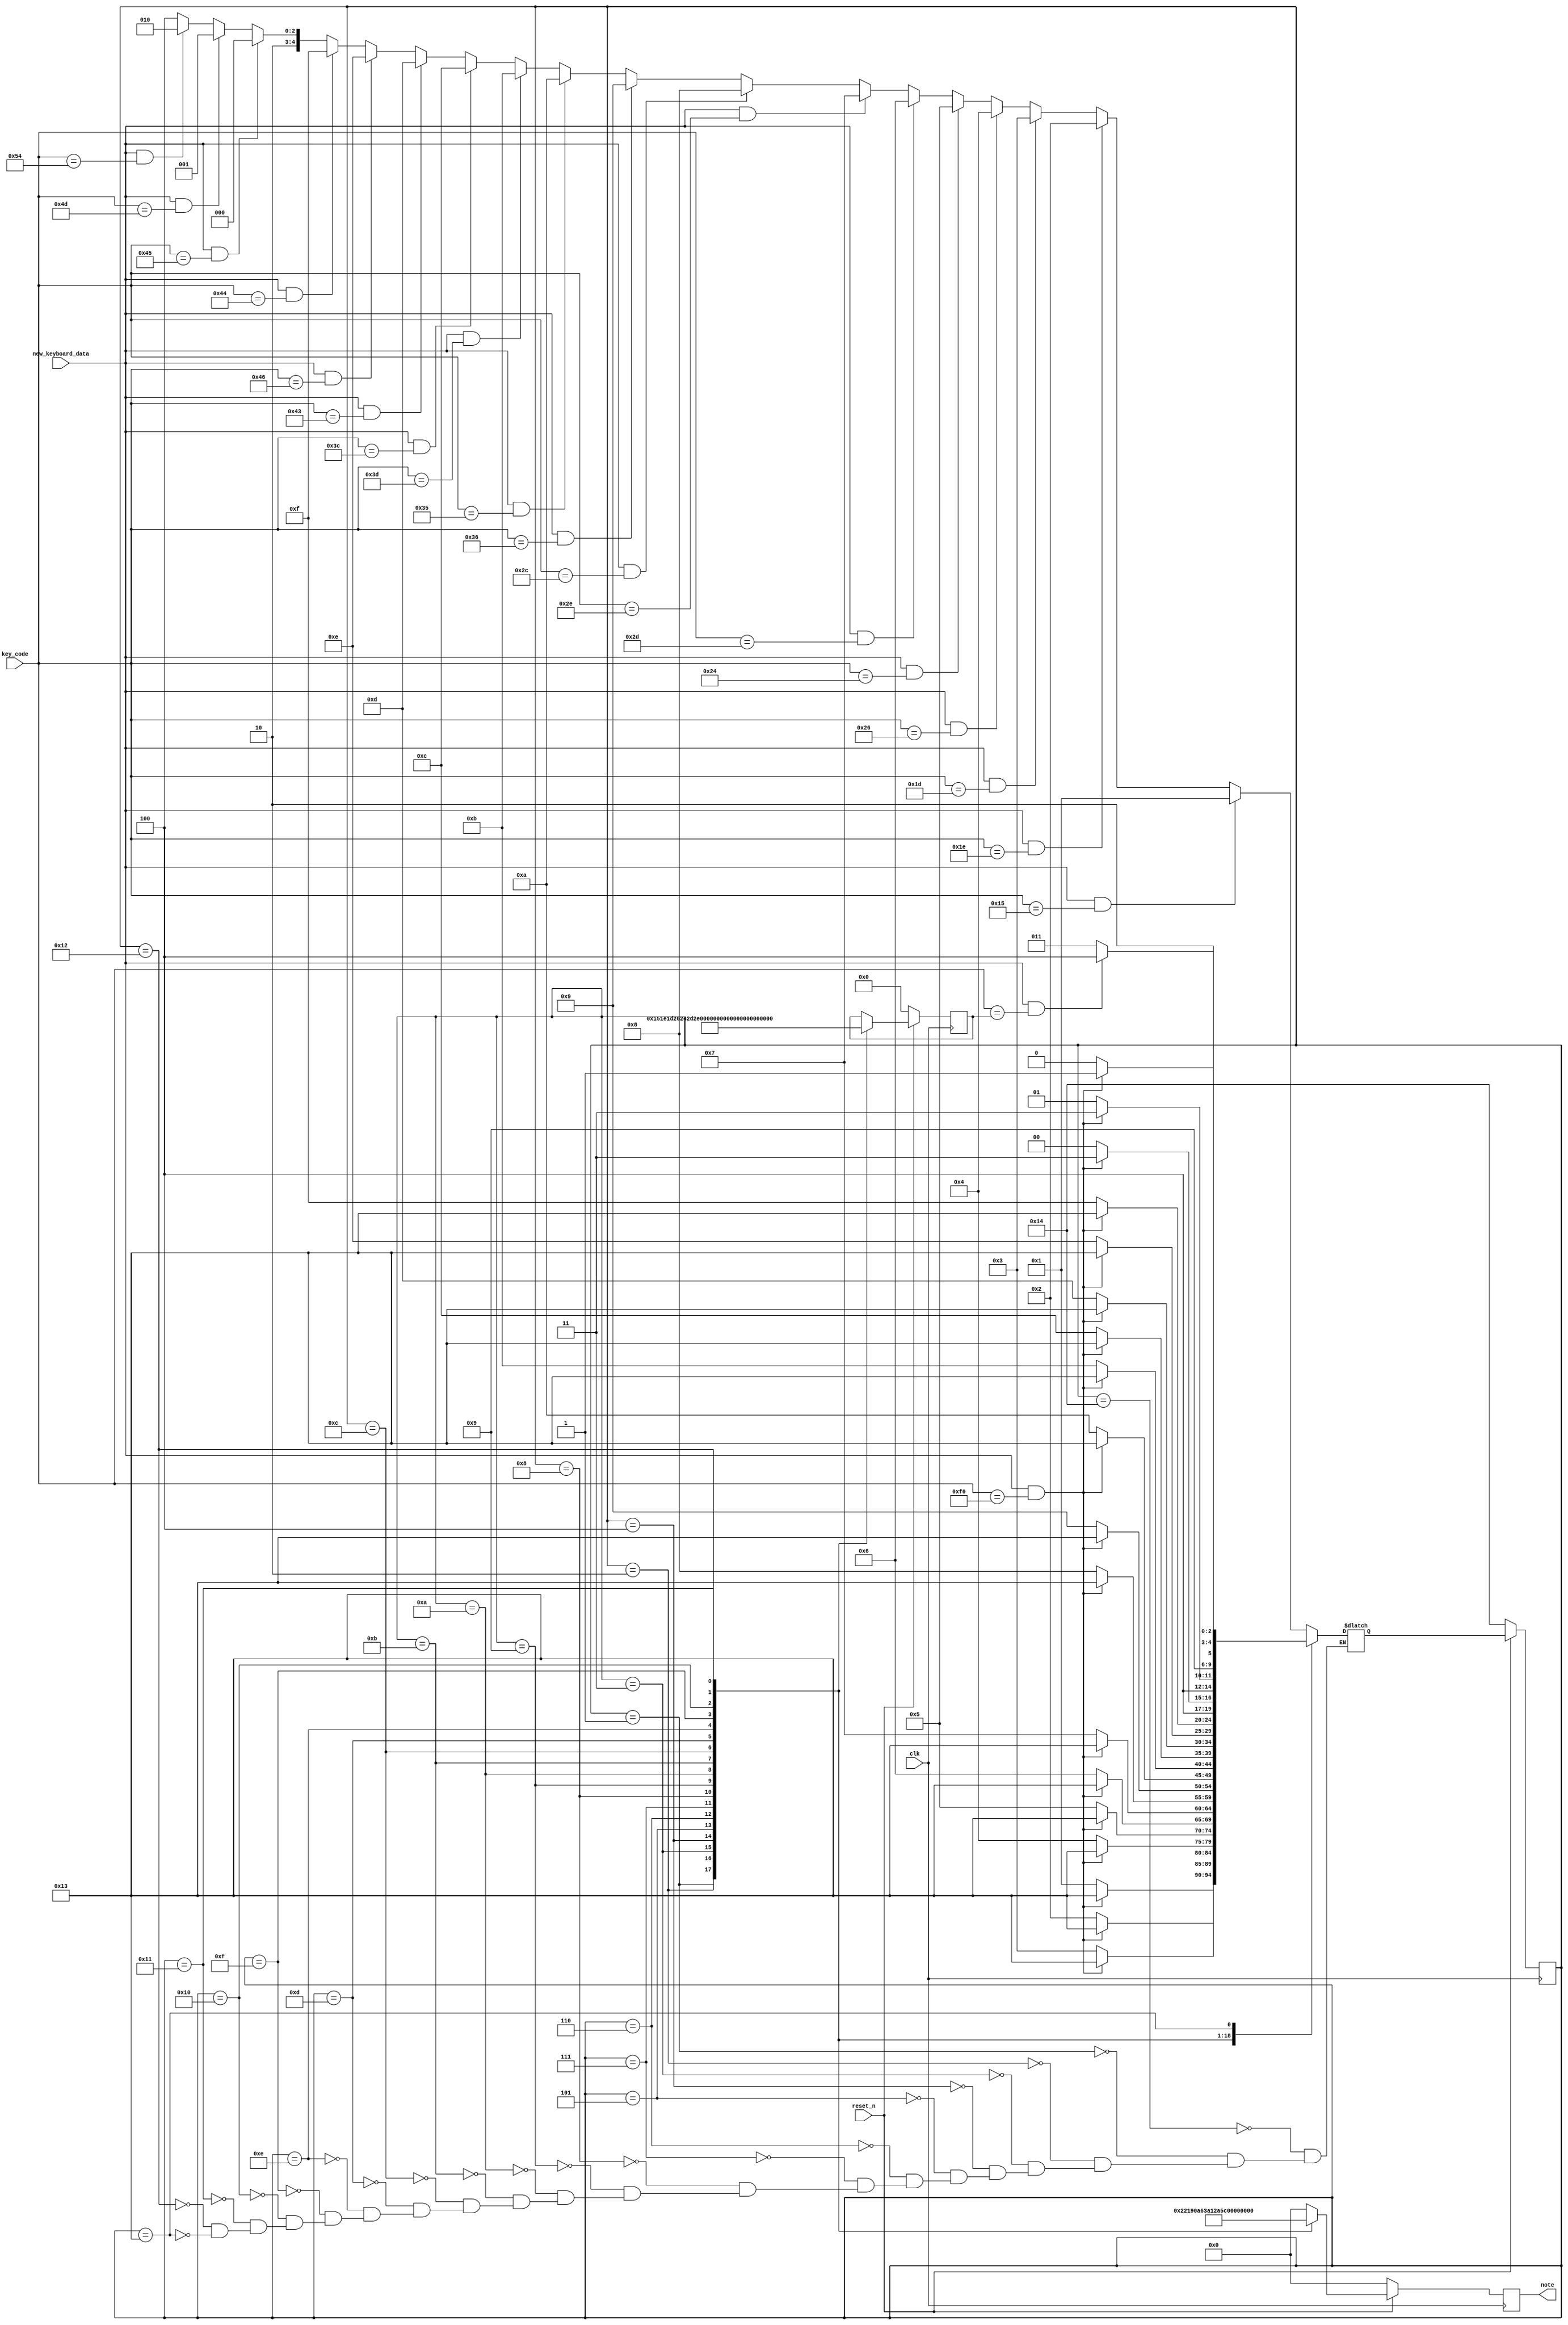
module keyboard_state (
                        clk,
                        reset_n,
                        key_code,
                        new_keyboard_data,
                        note
                      );

  input clk;
  input reset_n;
  input [7:0] key_code;
  input new_keyboard_data;
  output reg [4:0] note;

  reg [4:0] current_state;
  reg [4:0] next_state;
  reg [7:0] last_held_key;

  localparam  C2        = 5'd1,
              C2_SHARP  = 5'd2,
              D2        = 5'd3,
              D2_SHARP  = 5'd4,
              E2        = 5'd5,
              F2        = 5'd6,
              F2_SHARP  = 5'd7,
              G2        = 5'd8,
              G2_SHARP  = 5'd9,
              A2        = 5'd10,
              A2_SHARP  = 5'd11,
              B2        = 5'd12,
              C3        = 5'd13,
              C3_SHARP  = 5'd14,
              D3        = 5'd15,
              D3_SHARP  = 5'd16,
              E3        = 5'd17,
              F3        = 5'd18;

  // States
  localparam  KEY_Q_HOLD  = 5'd1,
              KEY_2_HOLD  = 5'd2,
              KEY_W_HOLD  = 5'd3,
              KEY_3_HOLD  = 5'd4,
              KEY_E_HOLD  = 5'd5,
              KEY_R_HOLD  = 5'd6,
              KEY_5_HOLD  = 5'd7,
              KEY_T_HOLD  = 5'd8,
              KEY_6_HOLD  = 5'd9,
              KEY_Y_HOLD  = 5'd10,
              KEY_7_HOLD  = 5'd11,
              KEY_U_HOLD  = 5'd12,
              KEY_I_HOLD  = 5'd13,
              KEY_9_HOLD  = 5'd14,
              KEY_O_HOLD  = 5'd15,
              KEY_0_HOLD  = 5'd16,
              KEY_P_HOLD  = 5'd17,
              KEY_x_HOLD  = 5'd18,
              KEY_RELEASE = 5'd19,
              IDLE        = 5'd20;        

  // Keyboard values
  localparam  keyQ     = 8'h15,
              key2     = 8'h1e,
              keyW     = 8'h1d,
              key3     = 8'h26,
              keyE     = 8'h24,
              keyR     = 8'h2d,
              key5     = 8'h2e,
              keyT     = 8'h2c,
              key6     = 8'h36,
              keyY     = 8'h35,
              key7     = 8'h3d,
              keyU     = 8'h3c,
              keyI     = 8'h43,
              key9     = 8'h46,
              keyO     = 8'h44,
              key0     = 8'h45,
              keyP     = 8'h4D,
              keyx     = 8'h54,
              keyBreak = 8'hf0;

  always @(*) begin: state_table
    case (current_state)
      IDLE: 
            if  (new_keyboard_data && key_code == keyQ) next_state = KEY_Q_HOLD;
        else if (new_keyboard_data && key_code == key2) next_state = KEY_2_HOLD;
        else if (new_keyboard_data && key_code == keyW) next_state = KEY_W_HOLD;
        else if (new_keyboard_data && key_code == key3) next_state = KEY_3_HOLD;
        else if (new_keyboard_data && key_code == keyE) next_state = KEY_E_HOLD;
        else if (new_keyboard_data && key_code == keyR) next_state = KEY_R_HOLD;
        else if (new_keyboard_data && key_code == key5) next_state = KEY_5_HOLD;
        else if (new_keyboard_data && key_code == keyT) next_state = KEY_T_HOLD;
        else if (new_keyboard_data && key_code == key6) next_state = KEY_6_HOLD;
        else if (new_keyboard_data && key_code == keyY) next_state = KEY_Y_HOLD;
        else if (new_keyboard_data && key_code == key7) next_state = KEY_7_HOLD;
        else if (new_keyboard_data && key_code == keyU) next_state = KEY_U_HOLD;
        else if (new_keyboard_data && key_code == keyI) next_state = KEY_I_HOLD;
        else if (new_keyboard_data && key_code == key9) next_state = KEY_9_HOLD;
        else if (new_keyboard_data && key_code == keyO) next_state = KEY_O_HOLD;
        else if (new_keyboard_data && key_code == key0) next_state = KEY_0_HOLD;
        else if (new_keyboard_data && key_code == keyP) next_state = KEY_P_HOLD;
        else if (new_keyboard_data && key_code == keyx) next_state = KEY_x_HOLD;
        else next_state = IDLE;


      KEY_Q_HOLD: next_state = (new_keyboard_data && (key_code == 8'hf0)) ? KEY_RELEASE : KEY_Q_HOLD; 
      KEY_2_HOLD: next_state = (new_keyboard_data && (key_code == 8'hf0)) ? KEY_RELEASE : KEY_2_HOLD; 
      KEY_W_HOLD: next_state = (new_keyboard_data && (key_code == 8'hf0)) ? KEY_RELEASE : KEY_W_HOLD; 
      KEY_3_HOLD: next_state = (new_keyboard_data && (key_code == 8'hf0)) ? KEY_RELEASE : KEY_3_HOLD; 
      KEY_E_HOLD: next_state = (new_keyboard_data && (key_code == 8'hf0)) ? KEY_RELEASE : KEY_E_HOLD; 
      KEY_R_HOLD: next_state = (new_keyboard_data && (key_code == 8'hf0)) ? KEY_RELEASE : KEY_R_HOLD; 
      KEY_5_HOLD: next_state = (new_keyboard_data && (key_code == 8'hf0)) ? KEY_RELEASE : KEY_5_HOLD; 
      KEY_T_HOLD: next_state = (new_keyboard_data && (key_code == 8'hf0)) ? KEY_RELEASE : KEY_T_HOLD; 
      KEY_6_HOLD: next_state = (new_keyboard_data && (key_code == 8'hf0)) ? KEY_RELEASE : KEY_6_HOLD; 
      KEY_Y_HOLD: next_state = (new_keyboard_data && (key_code == 8'hf0)) ? KEY_RELEASE : KEY_Y_HOLD; 
      KEY_7_HOLD: next_state = (new_keyboard_data && (key_code == 8'hf0)) ? KEY_RELEASE : KEY_7_HOLD; 
      KEY_U_HOLD: next_state = (new_keyboard_data && (key_code == 8'hf0)) ? KEY_RELEASE : KEY_U_HOLD; 
      KEY_I_HOLD: next_state = (new_keyboard_data && (key_code == 8'hf0)) ? KEY_RELEASE : KEY_I_HOLD; 
      KEY_9_HOLD: next_state = (new_keyboard_data && (key_code == 8'hf0)) ? KEY_RELEASE : KEY_9_HOLD; 
      KEY_O_HOLD: next_state = (new_keyboard_data && (key_code == 8'hf0)) ? KEY_RELEASE : KEY_O_HOLD; 
      KEY_0_HOLD: next_state = (new_keyboard_data && (key_code == 8'hf0)) ? KEY_RELEASE : KEY_0_HOLD; 
      KEY_P_HOLD: next_state = (new_keyboard_data && (key_code == 8'hf0)) ? KEY_RELEASE : KEY_P_HOLD; 
      KEY_x_HOLD: next_state = (new_keyboard_data && (key_code == 8'hf0)) ? KEY_RELEASE : KEY_x_HOLD; 

      KEY_RELEASE: next_state = (new_keyboard_data && (key_code == last_held_key)) ? IDLE : KEY_RELEASE;
    endcase
  end

  always@(posedge clk) begin: state_FFs
    if (!reset_n) current_state <= IDLE;
    else current_state <= next_state;
  end   

  always@(posedge clk) begin: data_path
    if (!reset_n) begin
      note <= 5'b0;
      last_held_key <= 8'b0;
    end

    else 
      case (current_state)
        KEY_Q_HOLD:  begin note <= C2;       last_held_key <= keyQ; end
        KEY_2_HOLD:  begin note <= C2_SHARP; last_held_key <= key2; end
        KEY_W_HOLD:  begin note <= D2;       last_held_key <= keyW; end
        KEY_3_HOLD:  begin note <= D2_SHARP; last_held_key <= key3; end
        KEY_E_HOLD:  begin note <= E2;       last_held_key <= keyE; end
        KEY_R_HOLD:  begin note <= F2;       last_held_key <= keyR; end
        KEY_5_HOLD:  begin note <= F2_SHARP; last_held_key <= key5; end
        KEY_T_HOLD:  begin note <= G2;       last_held_key <= keyT; end
        KEY_6_HOLD:  begin note <= G2_SHARP; last_held_key <= key6; end
        KEY_Y_HOLD:  begin note <= A2;       last_held_key <= keyY; end
        KEY_7_HOLD:  begin note <= A2_SHARP; last_held_key <= key7; end
        KEY_U_HOLD:  begin note <= B2;       last_held_key <= keyU; end
        KEY_I_HOLD:  begin note <= C3;       last_held_key <= keyI; end
        KEY_9_HOLD:  begin note <= C3_SHARP; last_held_key <= key9; end
        KEY_O_HOLD:  begin note <= D3;       last_held_key <= keyO; end
        KEY_0_HOLD:  begin note <= D3_SHARP; last_held_key <= key0; end
        KEY_P_HOLD:  begin note <= E3;       last_held_key <= keyP; end
        KEY_x_HOLD:  begin note <= F3;       last_held_key <= keyx; end
        KEY_RELEASE: note <= 5'd0;
        IDLE:        note <= 5'd0;     
        default:     note <= 5'd0;
      endcase
  end
endmodule